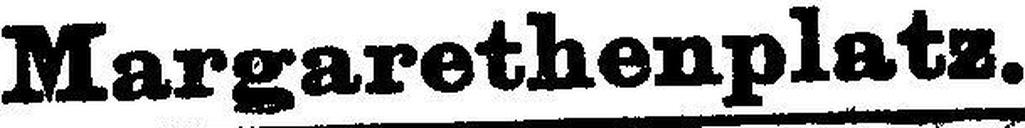
Margarethenplatz.